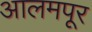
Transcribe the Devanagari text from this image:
आलमपूर